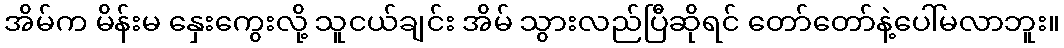
အိမ်က မိန်းမ နှေးကွေးလို့ သူငယ်ချင်း အိမ် သွားလည်ပြီဆိုရင် တော်တော်နဲ့ပေါ်မလာဘူး။